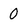
Character: 0